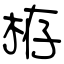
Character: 栫